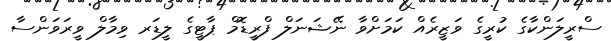
ސްރީލަންކާގެ ކުރީގެ ވަޒީރެއް ކަމަށްވާ ނޭޝަނަލް ފްރީޑޮމް ޕާޓީގެ ލީޑަރ ވިމާލް ވީރަވަންސާ